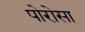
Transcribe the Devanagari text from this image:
पोरोसा